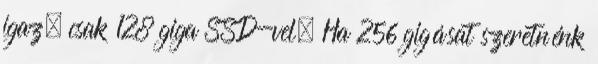
igaz, csak 128 giga SSD-vel. Ha 256 gigásat szeretnénk